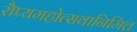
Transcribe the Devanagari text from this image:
रौप्यमहोत्सवानिमित्त